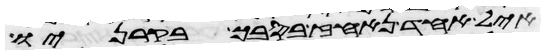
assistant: איל אחד נאחז בסבך בקרניו